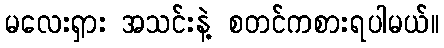
မလေးရှား အသင်းနဲ့ စတင်ကစားရပါမယ်။